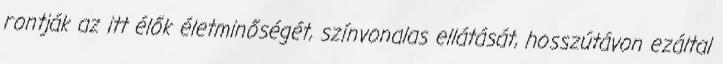
rontják az itt élők életminőségét, színvonalas ellátását, hosszútávon ezáltal